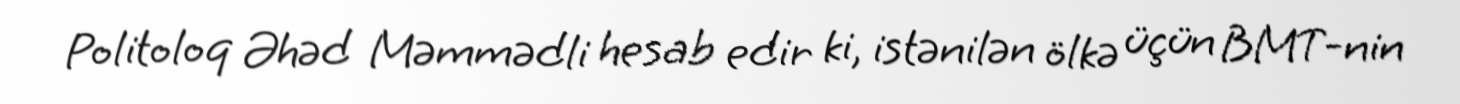
Politoloq Əhəd Məmmədli hesab edir ki, istənilən ölkə üçün BMT-nin